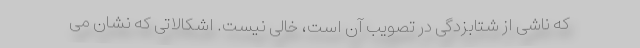
که ناشی از شتابزدگی در تصویب آن است، خالی نیست. اشکالاتی که نشان می